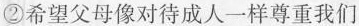
②希望父母像对待成人一样尊重我们